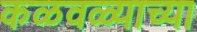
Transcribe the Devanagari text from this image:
कळवळ्याच्या